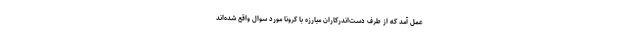
عمل آمد که از طرف دست‌اندرکاران مبارزه با کرونا مورد سوال واقع شده‌اند